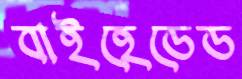
বাইহেডেড